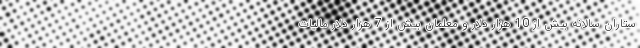
ستاران سالانه بیش از 10 هزار دلار و معلمان بیش از 7 هزار دلار مالیات